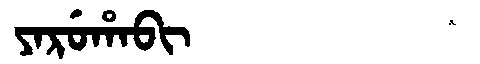
Manchu: ᠶᠠᡵᡠᡥᠠᠪᡳ
Romanization: YARUHABI